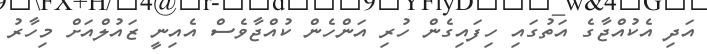
އަދި އެކުއްޖާގެ އަތުގައި ހިފައިގެން ހުރި އަންހެން ކުއްޖާވެސް އެއިނީ ޒައުލްއަށް މިހާރު